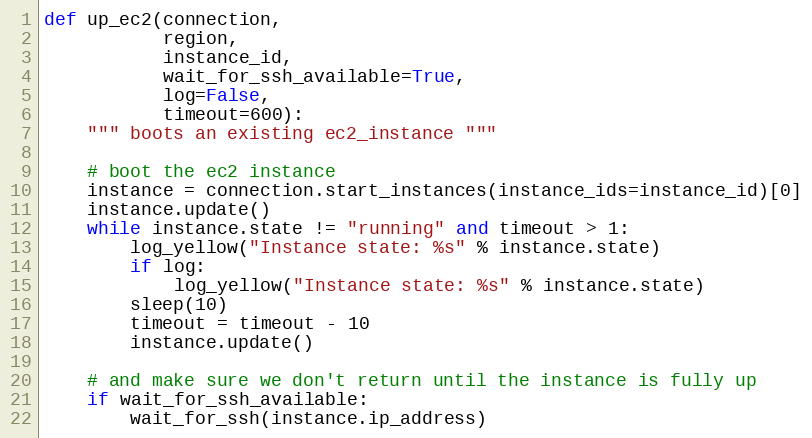
Language: Python
def up_ec2(connection,
           region,
           instance_id,
           wait_for_ssh_available=True,
           log=False,
           timeout=600):
    """ boots an existing ec2_instance """

    # boot the ec2 instance
    instance = connection.start_instances(instance_ids=instance_id)[0]
    instance.update()
    while instance.state != "running" and timeout > 1:
        log_yellow("Instance state: %s" % instance.state)
        if log:
            log_yellow("Instance state: %s" % instance.state)
        sleep(10)
        timeout = timeout - 10
        instance.update()

    # and make sure we don't return until the instance is fully up
    if wait_for_ssh_available:
        wait_for_ssh(instance.ip_address)